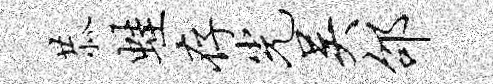
恭蛙存光吴邵